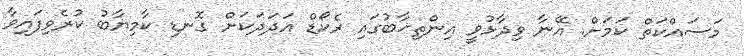
މަސައްކަތް ކަމަށް. އޭނާ ވިދާޅުވީ އިންތިޚާބުގައި ރެކޯޑް އަދަދަކަށް ގޮނޑި ކާމިޔާބު ކުރެވިފައިވާ